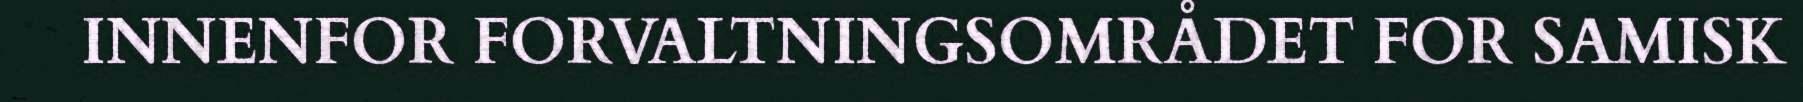
INNENFOR FORVALTNINGSOMRÅDET FOR SAMISK